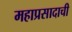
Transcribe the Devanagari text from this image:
महाप्रसादाची